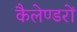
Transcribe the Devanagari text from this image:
कैलेण्डरों